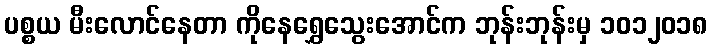
ပစ္စယ မီးလောင်နေတာ ကိုနေရွှေသွေးအောင်က ဘုန်းဘုန်းမှ ၁၀၁၂၀၁၈